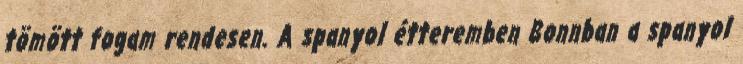
tömött fogam rendesen. A spanyol étteremben Bonnban a spanyol